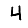
Digit: 4